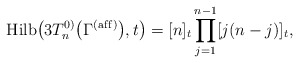
\begin{gather*} {\rm Hilb}\big(3T_n^{0)}\big(\Gamma^{\rm (af\/f)}\big),t\big)= [n]_t \prod_{j=1}^{n-1} [j(n-j)]_t, \end{gather*}